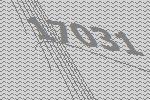
17031